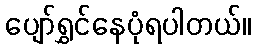
ပျော်ရွှင်နေပုံရပါတယ်။